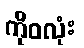
ကိုဝလုံး